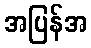
အပြန်အ